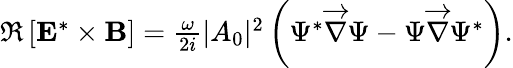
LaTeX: \begin{array}{r}{\Re\left[{\mathbf E}^{*}\times{\mathbf B}\right]=\frac{\omega}{2i}|A_{0}|^{2}\left(\Psi^{*}\overrightarrow{\nabla}\Psi-\Psi\overrightarrow{\nabla}\Psi^{*}\right).}\end{array}